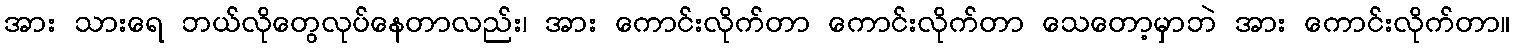
အား သားရေ ဘယ်လိုတွေလုပ်နေတာလည်း၊ အား ကောင်းလိုက်တာ ကောင်းလိုက်တာ သေတော့မှာဘဲ အား ကောင်းလိုက်တာ။